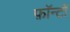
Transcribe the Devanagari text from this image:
फ़ॉन्टों